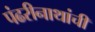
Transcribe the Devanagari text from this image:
पंढरीनाथांची